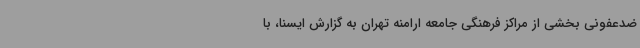
ضدعفونی بخشی از مراکز فرهنگی جامعه ارامنه تهران به گزارش ایسنا، با